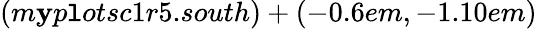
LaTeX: (m\mathbf{y}p\mathtt{l}otsc1r5.south)+(-0.6em,-1.10em)